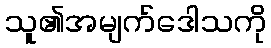
သူ၏အမျက်ဒေါသကို